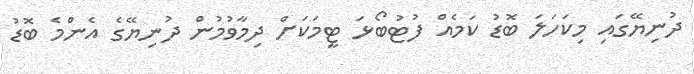
ދުނިޔޭގައި މިކަހަލަ ބޮޑު ކަމެއް ފުޓުބޯޅަ ޓީމަކަށް ދިމާވުމުން ދުނިޔޭގެ އެންމެ ބޮޑު